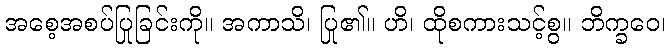
အစေ့အစပ်ပြုခြင်းကို။ အကာသိ၊ ပြု၏။ ဟိ၊ ထိုစကားသင့်စွ။ ဘိက္ခဝေ၊